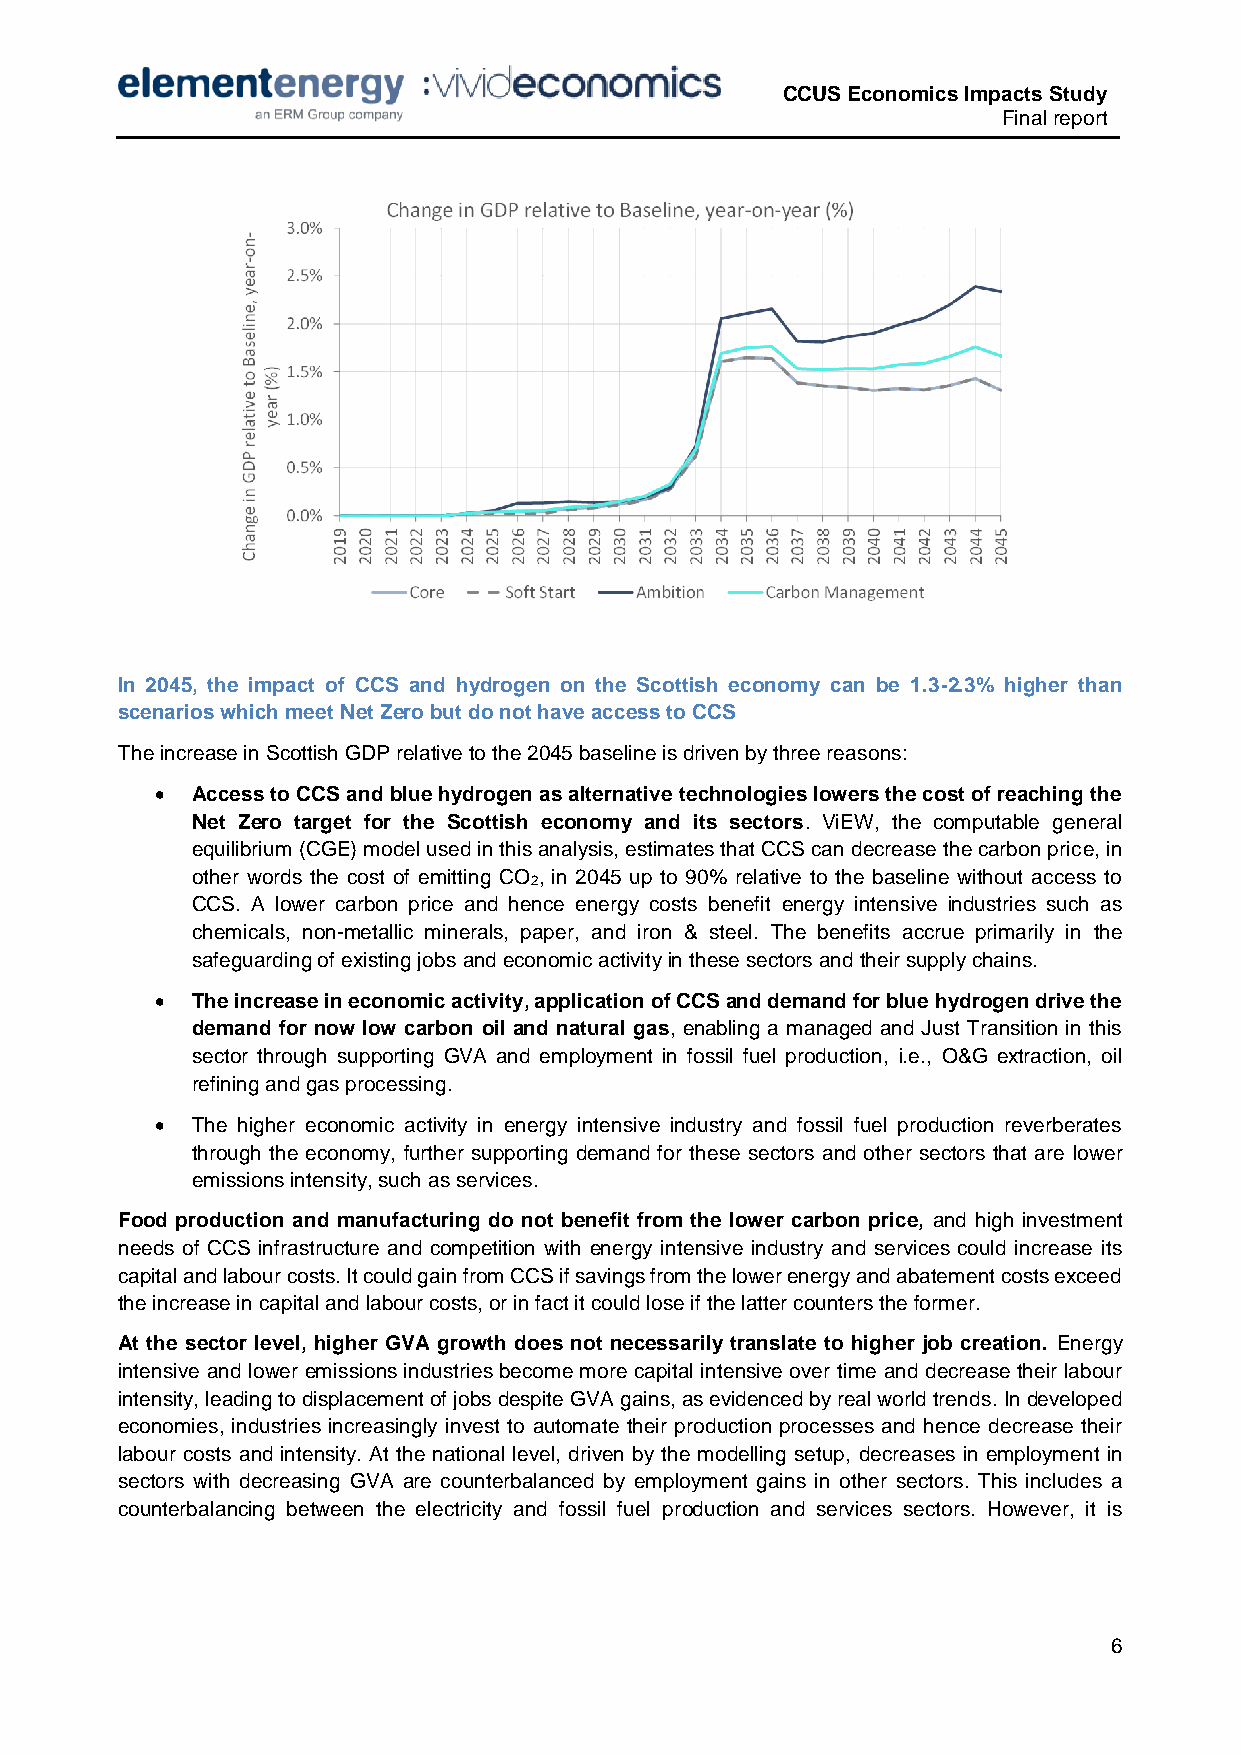
CCUS Economics Impacts Study
 Final report
 In 2045, the impact of CCS and hydrogen on the Scottish economy can be 1.3-2.3% higher than
 scenarios which meet Net Zero but do not have access to CCS
 The increase in Scottish GDP relative to the 2045 baseline is driven by three reasons:
   Access to CCS and blue hydrogen as alternative technologies lowers the cost of reaching the
 Net Zero target for the Scottish economy and its sectors. ViEW, the computable general
 equilibrium (CGE) model used in this analysis, estimates that CCS can decrease the carbon price, in
 other words the cost of emitting CO , in 2045 up to 90% relative to the baseline without access to
 2
 CCS. A lower carbon price and hence energy costs benefit energy intensive industries such as
 chemicals, non-metallic minerals, paper, and iron & steel. The benefits accrue primarily in the
 safeguarding of existing jobs and economic activity in these sectors and their supply chains.
   The increase in economic activity, application of CCS and demand for blue hydrogen drive the
 demand for now low carbon oil and natural gas, enabling a managed and Just Transition in this
 sector through supporting GVA and employment in fossil fuel production, i.e., O&G extraction, oil
 refining and gas processing.
   The higher economic activity in energy intensive industry and fossil fuel production reverberates
 through the economy, further supporting demand for these sectors and other sectors that are lower
 emissions intensity, such as services.
 Food production and manufacturing do not benefit from the lower carbon price, and high investment
 needs of CCS infrastructure and competition with energy intensive industry and services could increase its
 capital and labour costs. It could gain from CCS if savings from the lower energy and abatement costs exceed
 the increase in capital and labour costs, or in fact it could lose if the latter counters the former.
 At the sector level, higher GVA growth does not necessarily translate to higher job creation. Energy
 intensive and lower emissions industries become more capital intensive over time and decrease their labour
 intensity, leading to displacement of jobs despite GVA gains, as evidenced by real world trends. In developed
 economies, industries increasingly invest to automate their production processes and hence decrease their
 labour costs and intensity. At the national level, driven by the modelling setup, decreases in employment in
 sectors with decreasing GVA are counterbalanced by employment gains in other sectors. This includes a
 counterbalancing between the electricity and fossil fuel production and services sectors. However, it is
 6